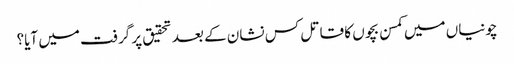
چونیاں میں کمسن بچوں کا قاتل کس نشان کے بعد تحقیق پر گرفت میں آیا؟